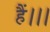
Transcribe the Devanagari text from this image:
हैं।।।